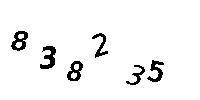
838235